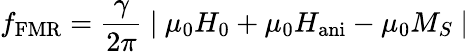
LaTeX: f_{\mathrm{FMR}}=\frac{\gamma}{2\pi}\mathrm{~\textbar~}{\mu_{0}H_{\mathrm{0}}+\mu_{0}H_{\mathrm{ani}}-\mu_{0}M_{S}\mathrm{~\textbar~}}